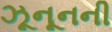
ઝૂનૂનની